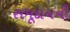
સમૂદાયની